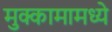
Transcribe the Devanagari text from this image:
मुक्कामामध्ये